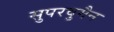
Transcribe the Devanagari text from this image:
सुपरवुमैन